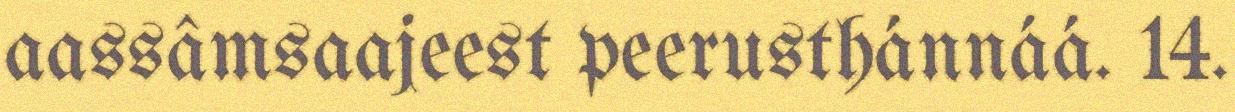
aassâmsaajeest peerusthánnáá. 14.